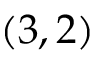
( 3 , 2 )